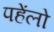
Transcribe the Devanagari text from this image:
पहेंलो